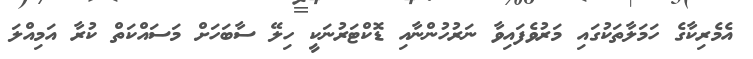
އެމެރިކާގެ ހަމަލާތަކުގައި މަރުވެފައިވާ ނަރުހުންނާއި ޑޮކްޓަރުނަކީ ހިލޭ ސާބަހަށް މަސައްކަތް ކުރާ އަމިއްލަ